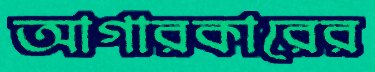
আগারকারের